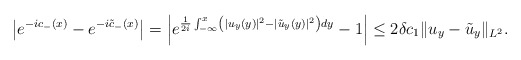
\begin{align*}\begin{aligned}\left|e^{-ic_-(x)}-e^{-i\tilde{c}_-(x)} \right|&=\left|e^{\frac{1}{2i}\int_{-\infty}^x\left(|u_y(y)|^2-|\tilde{u}_y(y)|^2\right)dy}-1\right|\leq 2\delta c_1 \|u_y-\tilde{u}_y\|_{L^2}.\end{aligned}\end{align*}